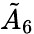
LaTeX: {\tilde{A}}_{6}